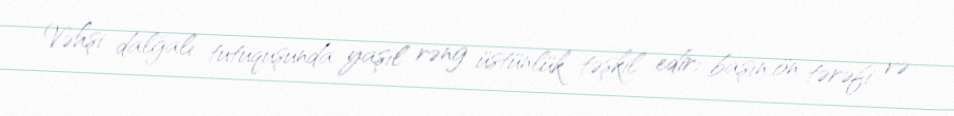
Vəhşi dalğalı tutuquşunda yaşıl rəng üstünlük təşkil edir; başın ön tərəfi və